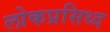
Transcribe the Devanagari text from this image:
लोकप्रसिध्द